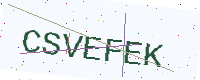
Text: CSVEFEK